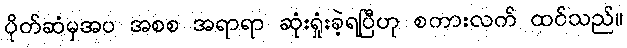
ပိုက်ဆံမှအပ အစစ အရာရာ ဆုံးရှုံးခဲ့ရပြီဟု စကားလက် ထင်သည်။